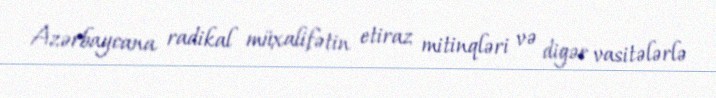
Azərbaycana radikal müxalifətin etiraz mitinqləri və digər vasitələrlə